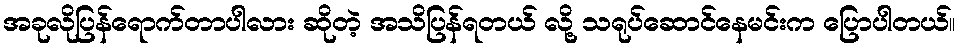
အခုလိုပြန်ရောက်တာပါလား ဆိုတဲ့ အသိပြန်ရတယ် လို့ သရုပ်ဆောင်နေမင်းက ပြောပါတယ်။